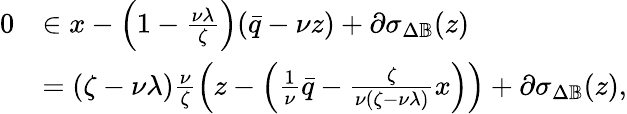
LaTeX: \begin{array}{rl}{0}&{\in x-\left(1-\frac{\nu\lambda}{\zeta}\right)(\bar{q}-\nu z)+\partial\sigma_{\Delta\mathbb{B}}(z)}\\ &{=(\zeta-\nu\lambda)\frac{\nu}{\zeta}\left(z-\left(\frac{1}{\nu}\bar{q}-\frac{\zeta}{\nu(\zeta-\nu\lambda)}x\right)\right)+\partial\sigma_{\Delta\mathbb{B}}(z),}\end{array}